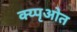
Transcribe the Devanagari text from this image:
क्य्पृओत